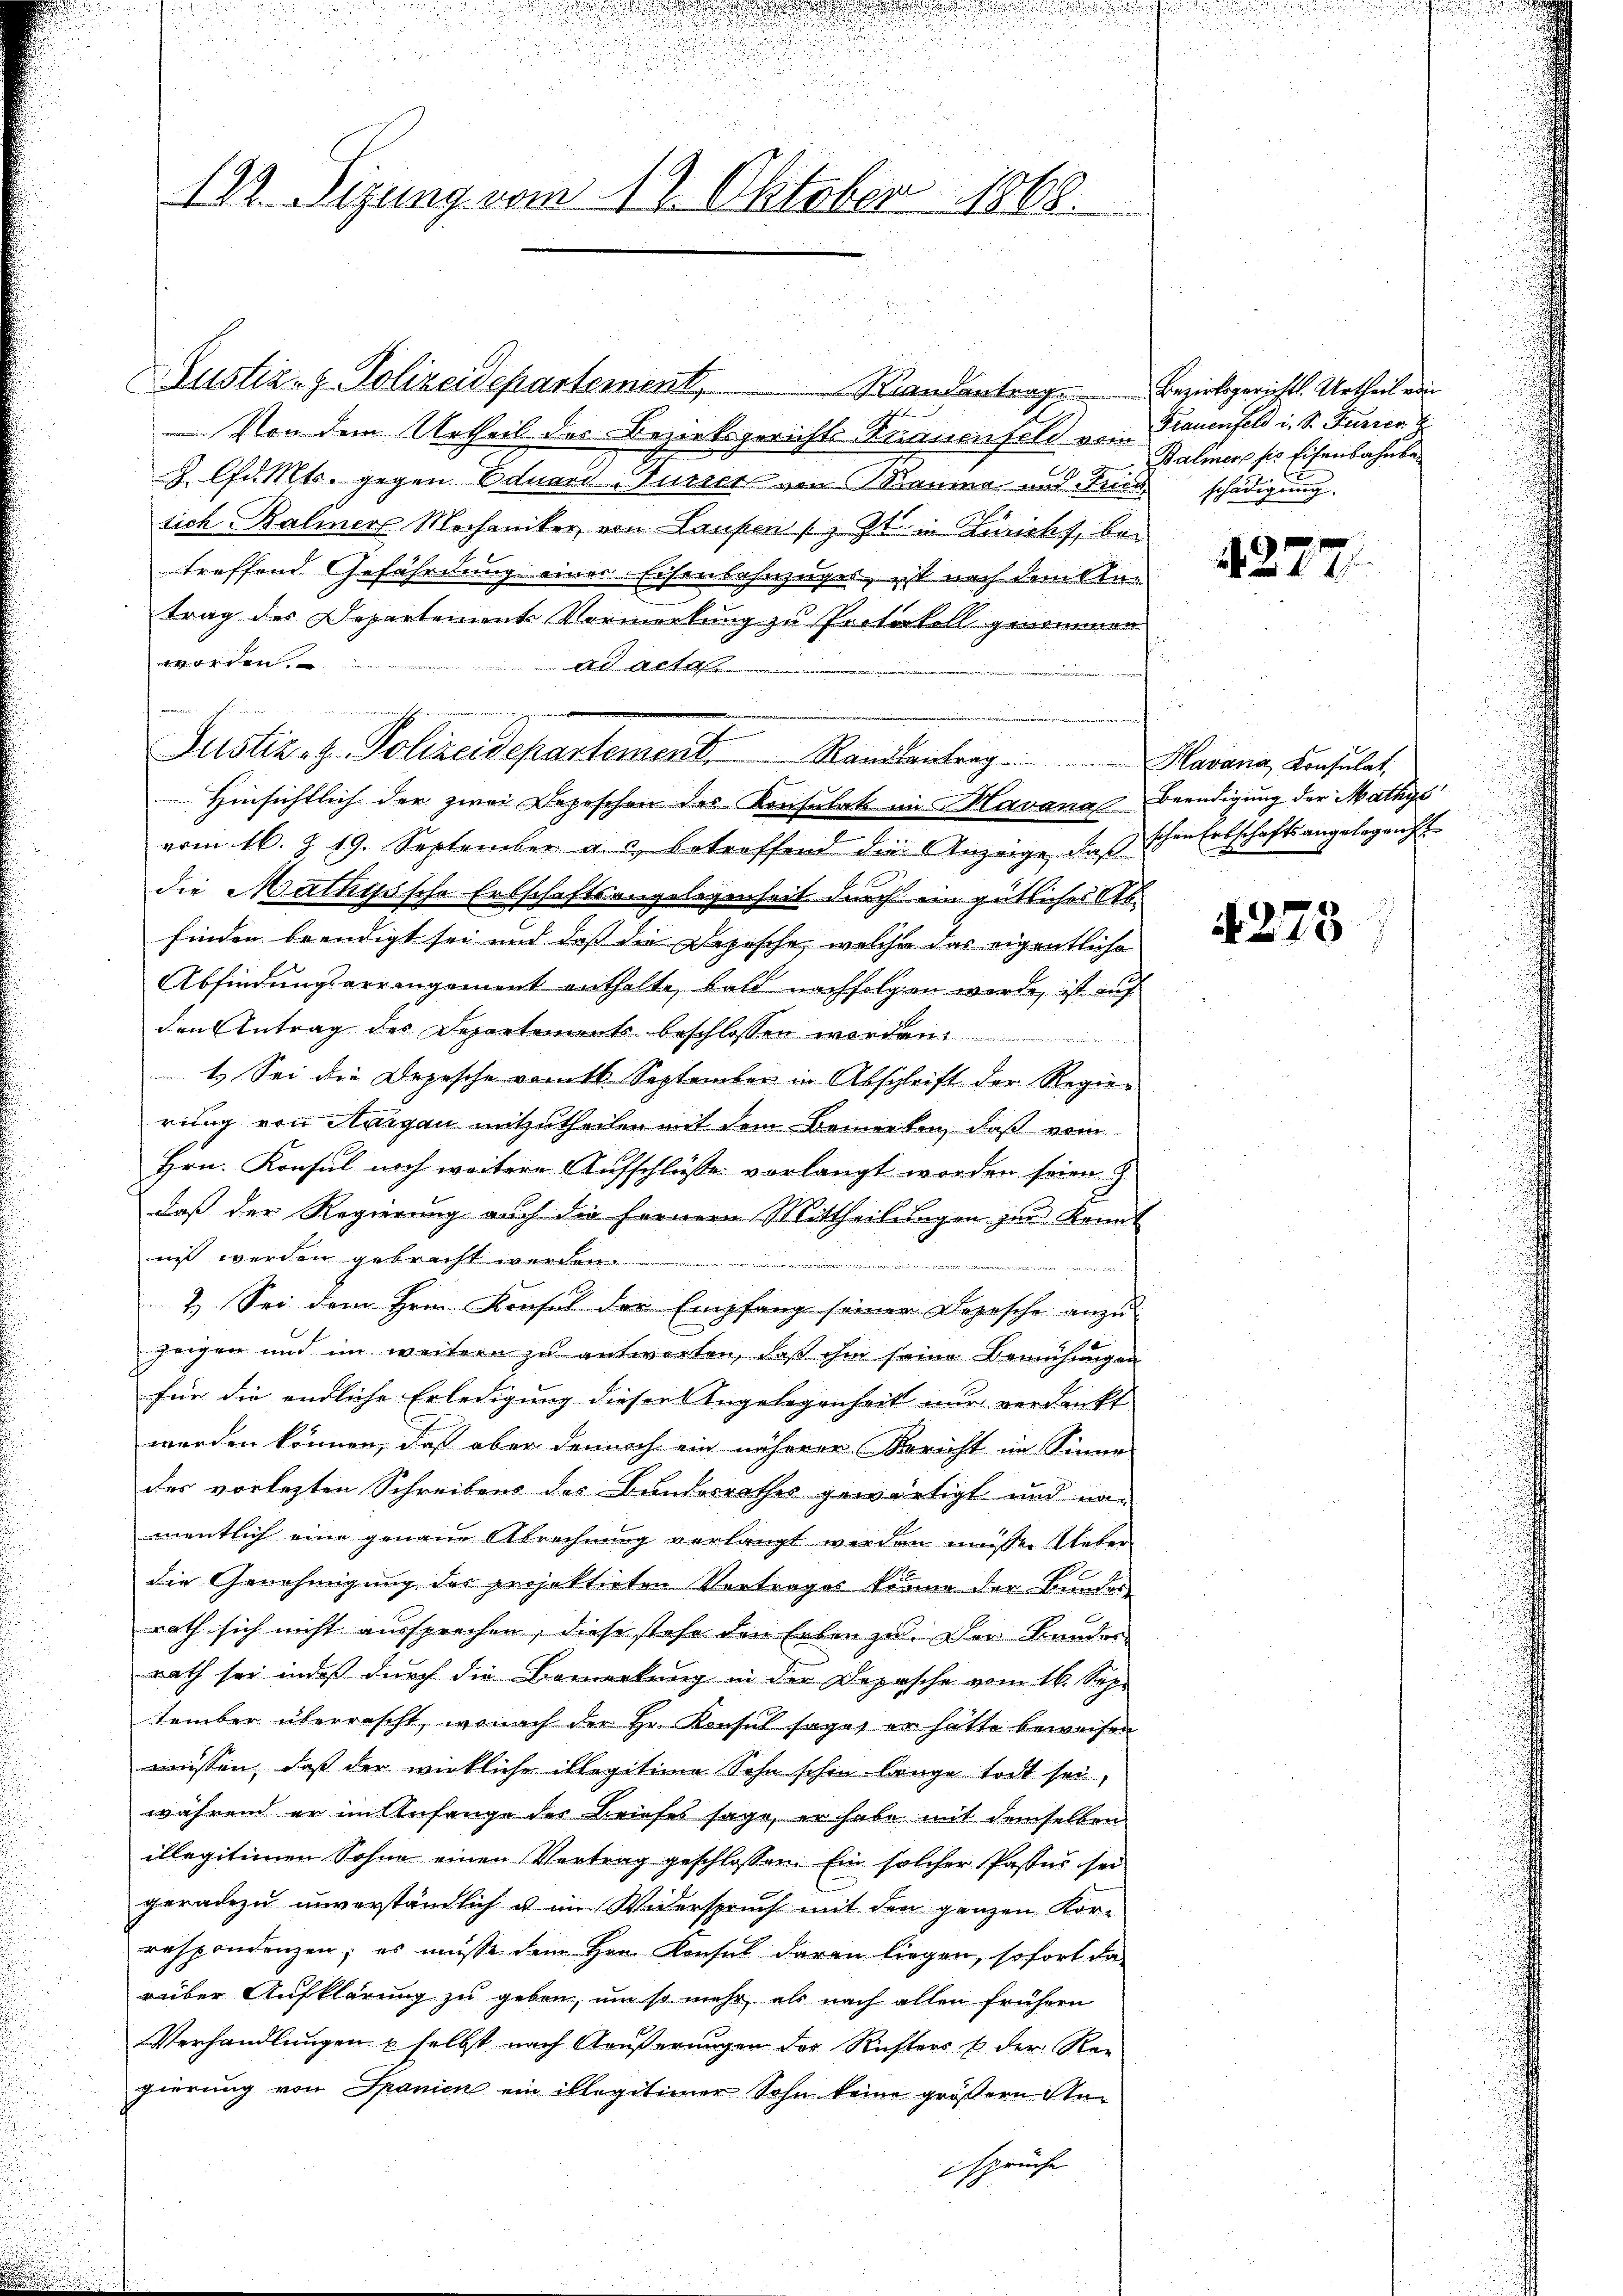
122. Sizung vom 12. Oktober 1868.

Justiz- & Polizeidepartement,
 Von dem Urtheil des Bezirksgerichts Krauenfeld von Frauenfeld i. S. Furren
§ lfd. Mts. gegen Eduard-Turich von Rauma und Sein schädigung.
sich Baliner Mechaniker von Laufen (z. Zt. in Züricht, betreffend Gefährdung einer Eisenbahnzuges, ist nach dem Antrag des Departement Vormerkung zu Protokoll genommen
worden.
ad acta
Hinsichtlich der zwei Depeschen des Konsulat im Mavana Beendigung der Mathys
vom 16. Z. 19. September a. c. betreffend die Anzeige, daß schen Erbschaftsangelegrecht
die Mathyssche Erbschaftsangelegenheit durch ein gütliches Abfinden beendigt sei und daß die Depesche, welche das eigentliche
Abfindungsarrangement enthalte, bald nachfolgen werde, ist auf
den Antrag des Departements beschlossen worden.
1.) Sei die Depesche vom 16. September in Abschrift der Regierung von Aargau mitzutheilen mit dem Bemerken, daß vom
Hrn. Konsul noch weitere Aufschlüsse vorlangt worden seien
daß der Regierung auch die fernern Mittheilungen zur kannt
nis werden gebracht werden.
eitig wären
änd
2.) Sei dem Hern. Konsul der Empfang seiner Depesche anzu-
zeigen und im weitern zu antworten, daβ ihm seine Bemühungen
für die endliche Erledigung diesen Angelegenheit nur verdankt
werden können, daß aber dennoch ein näherer Bericht im Sinne
der vorletzten Schreibens des Bauterrathes gewärtigt und namentlich eine genaue Abrechnung verlangt werden müsse. Ueber
die Genehmigung des projektirten Vortrages könne der Bundes
rath sich nicht aussprechen, diese stehe den Erben zu. Der Kundes
rath sei indeß durch die Bemerkung in der Depesche vom 16. Sep.
tember überrascht, wonach der Hr. Konsul sages er hatte beweisen
wissen, daß der wirkliche illegitime Sohn schon lange todt sei,
während er im Anfange der Briefes sage, er habe mit demselben
illegitionen Sohne einen Vertrag geschlossen. Ein solcher Paster sei
geradezu unverständlich u. im Widerspruch mit den ganzen Korrespondenzen; es müsse dem Hrn. Konsul daran liegen, sofort da
rüber Aufklärung zu geben, um so mehr, als nach allen frühern
Verhandlungen u selbst nach Äußerungen der Richters & der Re-
gierung von Spanien ein illegitimer Sohn keine größern Sta
sprüche

Justiz- & Polizeidepartement. Kanalantrag Havana, Konsulat,

Randantrag

Bezirksgerichts Urtheil ein
Balmer so Eisenbahnber

4277

4273